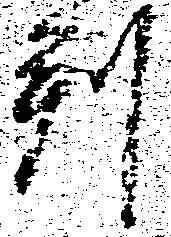
判